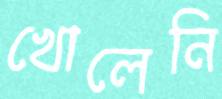
খোলেনি